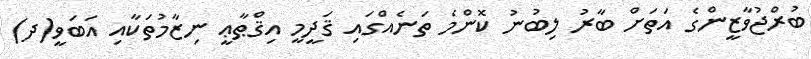
ބުރްޖުވާޒީންގެ އަތަށް ބާރު ލިބުނު ކޮންމެ ތަނެއްގައި ޤަދީމީ އިޤްޠާޢީ ނިޒާމުތަކާއި އަބަވީ(ދ)